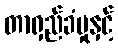
တာရှည်ခံမှုနှင့်